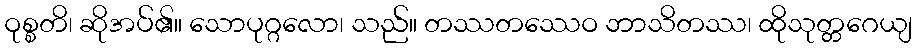
ဝုစ္စတိ၊ ဆိုအပ်၏။ သောပုဂ္ဂလော၊ သည်။ တဿတဿေဝ ဘာသိတဿ၊ ထိုသုတ္တဂေယျ